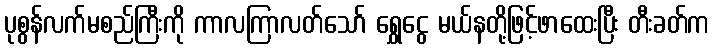
ပုစွန်လက်မစည်ကြီးကို ကာလကြာလတ်သော် ရွှေငွေ မယ်နတို့ဖြင့်ဖာထေးပြီး တီးခတ်က